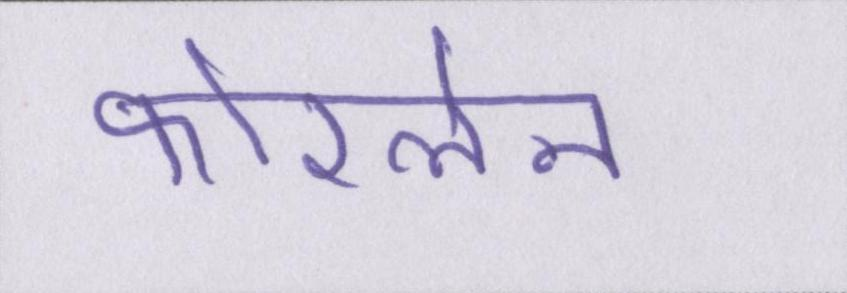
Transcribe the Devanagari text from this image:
फोरलेन